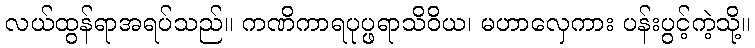
လယ်ထွန်ရာအရပ်သည်။ ကဏိကာရပုပ္ဖရာသိဝိယ၊ မဟာလှေကား ပန်းပွင့်ကဲ့သို့။